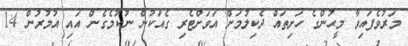
މަރުވެފައިވާ މީޙުންގެ ހަށިތައް ދެކިލުމަށް އަވަށްޓެރި ގެއަކުން ނުކުމެގެން އައި އުމުރުން 14